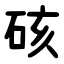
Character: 硋